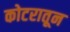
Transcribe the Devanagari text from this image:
कोटरातून